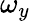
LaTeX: \omega_{y}